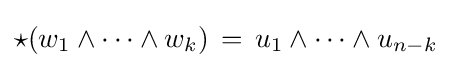
{\star }(w_{1}\wedge \cdots \wedge w_{k})\,=\,u_{1}\wedge \cdots \wedge u_{n-k}